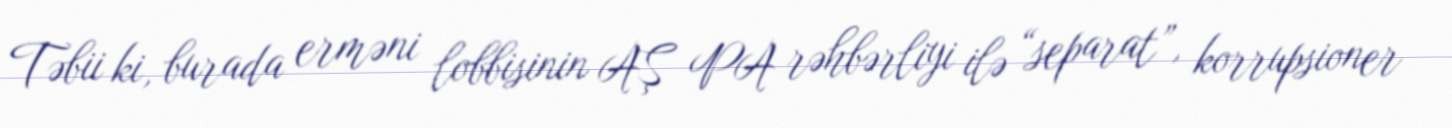
Təbii ki, burada erməni lobbisinin AŞ PA rəhbərliyi ilə “separat”, korrupsioner